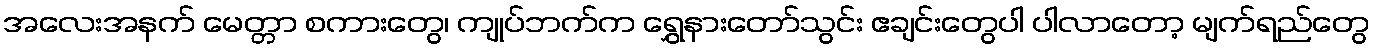
အလေးအနက် မေတ္တာ စကားတွေ၊ ကျုပ်ဘက်က ရွှေနားတော်သွင်း ဧချင်းတွေပါ ပါလာတော့ မျက်ရည်တွေ